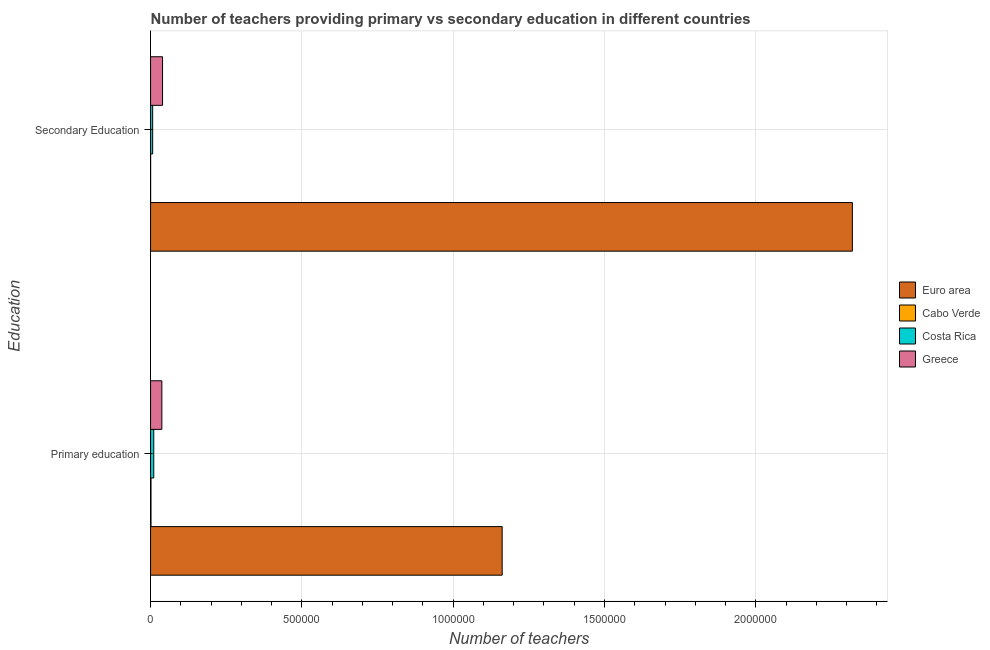
| Education | Euro area | Cabo Verde | Costa Rica | Greece |
 | --- | --- | --- | --- | --- |
 | Primary education | 1.16e+06 | 1.44e+03 | 1.06e+04 | 3.73e+04 |
 | Secondary Education | 2.32e+06 | 184 | 6.96e+03 | 3.96e+04 |